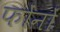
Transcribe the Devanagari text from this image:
फोंनों